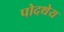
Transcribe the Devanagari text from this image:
पोदथेय